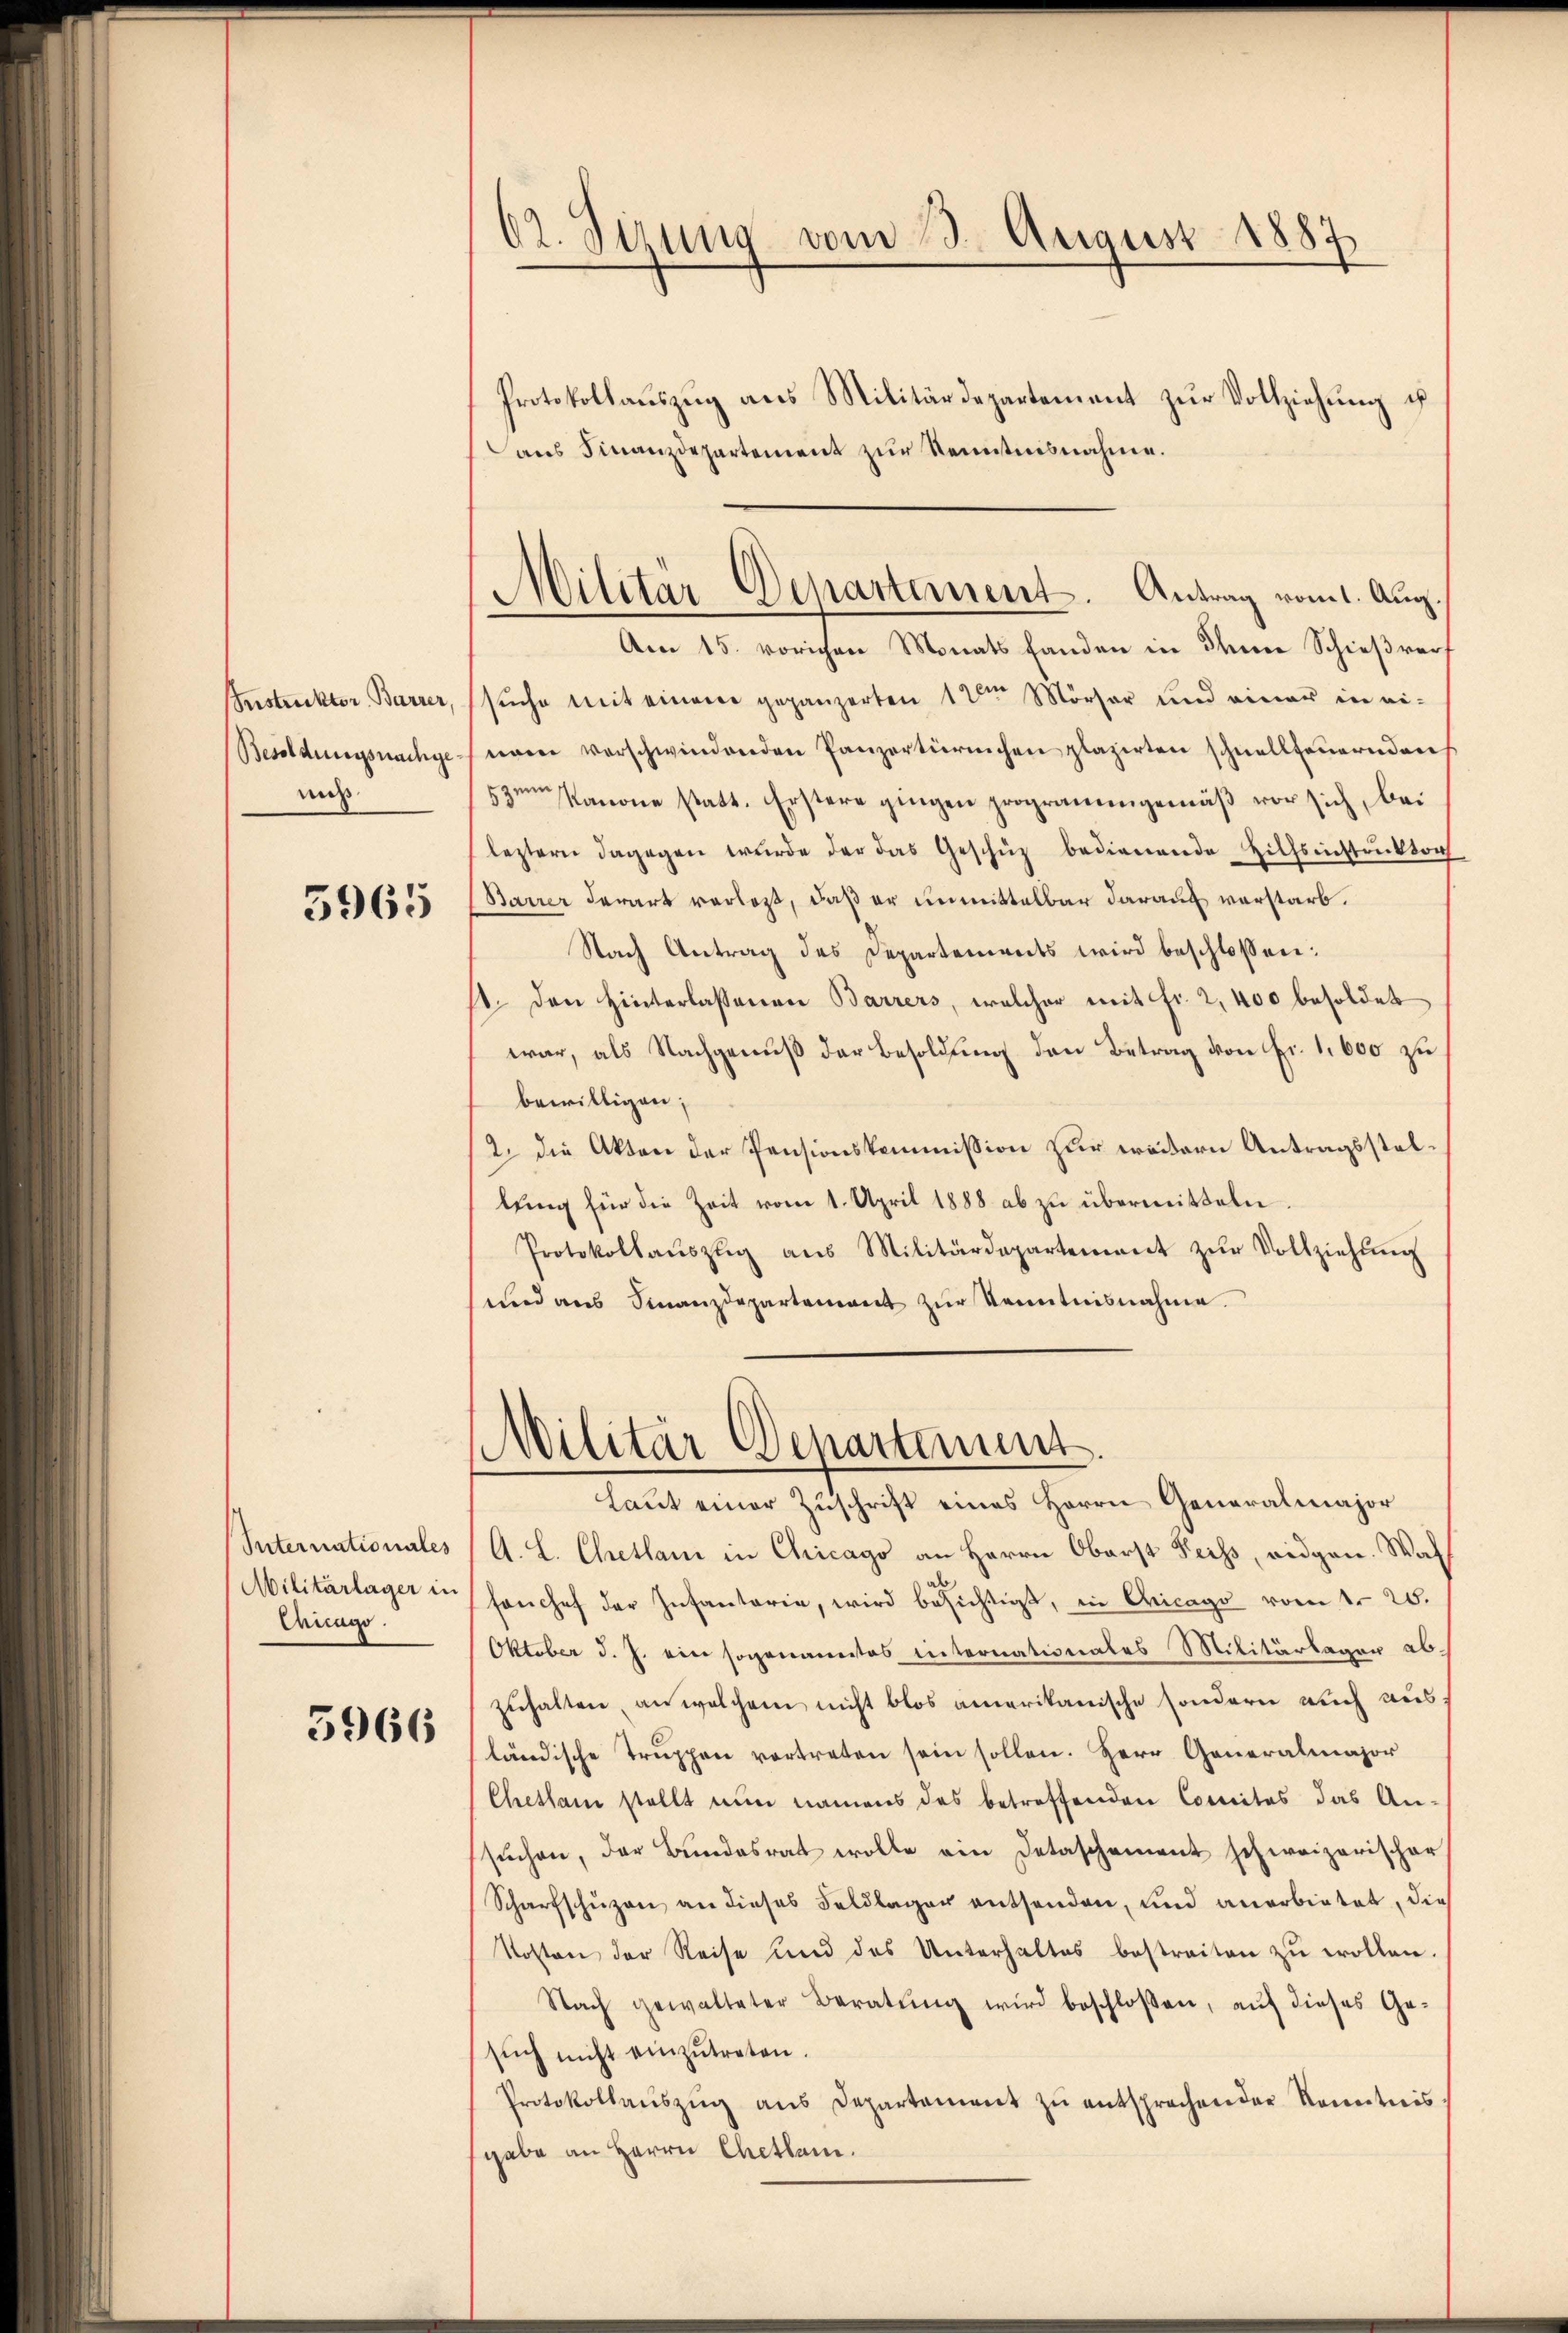
Instruktor Barrer,
Besoldungsnachgemit

5965

Internationales
Militärlager in
Cricago.

5966

02. Sizung vom 3. August 1887

Protokollaŭszŭg ans Militärdepartement zŭr Vollziehung u
ans Finanzdepartement zŭr Kenntnisnahme.
Am 15. vorichen Monats fanden in dene Schießverh
suche mit einem geganzerten 12ten Mörser und einer in ei-
nam verschwindenden Panzertürchen plazirten schnellfeuernden
53m Kanone statt. Erstere gingen programmgemäß vor sich, bei
leztern dagegen würde der das Geschüz bedienende Hilfsinstruktor
Barrer derart verlegt, daß er unmittelbar darauf verstarb.
Nach Antrag des Departements wird beschlossen:
st. Den Hinterlassenen Barrers, welcher mit Fr. 2,400 besoldet
war, als Nachgenuß der Besoldung den Betrag von Fr. 1,600 zu
bewilligen;
2. die Akten der Pensionskommission zur weitern Antragsstellung für die Zeit vom 1. April 1888 ab zu übermitteln
Protokollaŭszig aus Militärdepartement zŭr Vollziehŭng
und aus Finanzdepartement zur Kenntnisnahme.
Militär Departement
Laut einer Zuschrift eines Herrn Generalmajor
A. L. Chetlam in Chicago an Herrn Oberst Leiss, eidgen. Was
fanchef der Infantaria, wird besichtigt, in Cricago vom 1. 25.
Oktober d. J. ein sogenanntes internationales Militärlagen ab.
zuhalten, an welchem nicht blos amerikanische sondern auch aus
ländische Trŭppen vortreten sein sollen. Herr Generalmajor
Chethan stellt nun namens das betreffenden Comites das An-
sŭchen, der Bundesrat wolle ein Detaschenweit schweizerischer
Scharfschuzen an dieses Feldlager entsenden, und anerbietet, die
Kosten der Reise und des Unterhaltes bestreiten zŭ wollen.
Nach gewalteter Beratŭng wird beschlossen, auf dieses Gesŭch nicht einzŭtreten.
Protokollaŭszŭg ans Departement zŭ entsprechen der Kenntnis
gabe an Herrn Chetlam.

Militar Departement. Antrag vom 1. Aug.